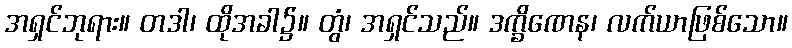
အရှင်ဘုရား။ တဒါ၊ ထိုအခါ၌။ တွံ၊ အရှင်သည်။ ဒက္ခိဏေန၊ လက်ယာဖြစ်သော။